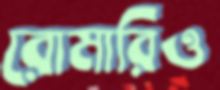
রোমারিও